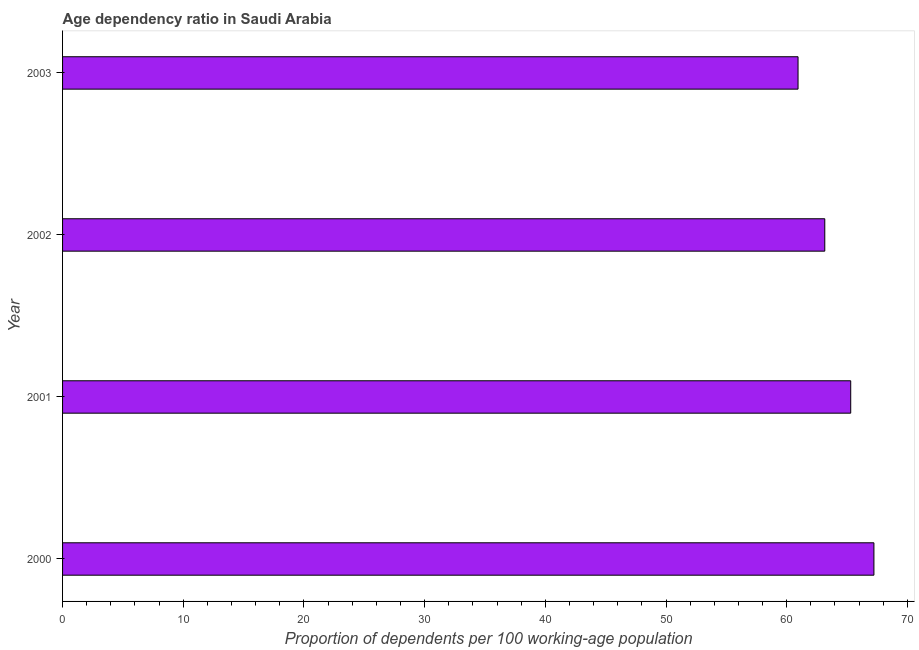
| Year | Age dependency ratio (% of working-age population) |
 | --- | --- |
 | 2000 | 67.2 |
 | 2001 | 65.3 |
 | 2002 | 63.2 |
 | 2003 | 60.9 |